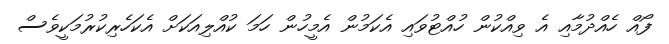
ފޯއް ހެއްދުމާއި އެ ވިއްކުން ހުއްޓުވައި އެކަމުން އެމީހުން ހަމަ ކުއްލިއަކަށް އެކަހެރިކުރުމަކީވެސް